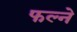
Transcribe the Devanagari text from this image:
फल्ने